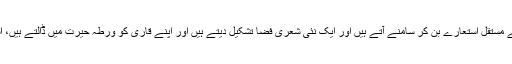
اس لیے یہ سب اس کے شعری نظام کے مستقل استعارے بن کر سامنے آتے ہیں اور ایک نئی شعری فضا تشکیل دیتے ہیں اور اپنے قاری کو ورطہ حیرت میں ڈالتے ہیں، اسی کا اعتراف ناصر عباس نے کیا ہے۔